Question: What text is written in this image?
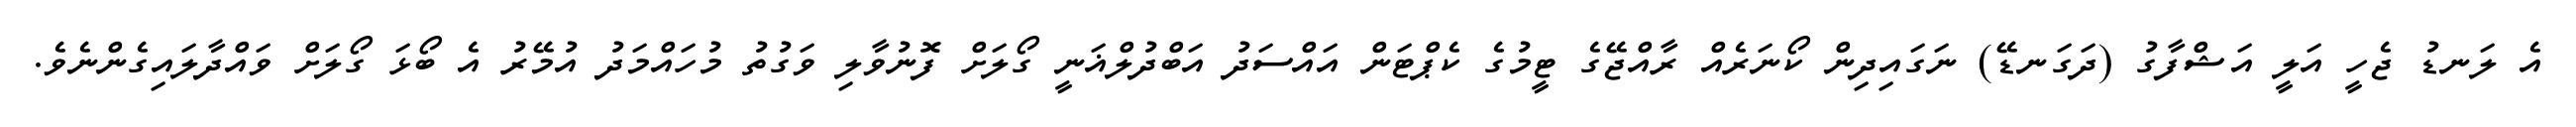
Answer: އެ ލަނޑު ޖެހީ އަލީ އަޝްފާގު (ދަގަނޑޭ) ނަގައިދިން ކޯނަރެއް ރާއްޖޭގެ ޓީމުގެ ކެޕްޓަން އައްސަދު އަބްދުލްޣަނީ ގޯލަށް ފޮނުވާލި ވަގުތު މުހައްމަދު އުމޭރު އެ ބޯޅަ ގޯލަށް ވައްދާލައިގެންނެވެ.